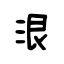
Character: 泿